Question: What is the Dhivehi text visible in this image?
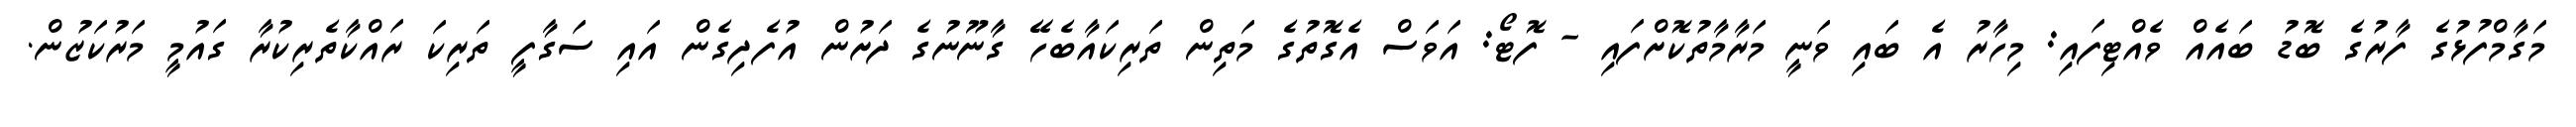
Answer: މަގާމްފުޅުގެ ފާރުގެ ބޮޑު ބައެއް ވެއްޓިފައި: މިހާރު އެ ބައި ވަނީ މަރާމާތުކޮށްފައި - ފޮޓޯ: އަވަސް އެގޮތުގެ މަތިން ތަރިކައާބެހޭ ގާނޫނުގެ ދަށުން އުފެދިގެން އައި ސަގާފީ ތަރިކަ ރައްކާތެރިކުރާ ގައުމީ މަރުކަޒުން.